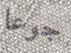
جوعا